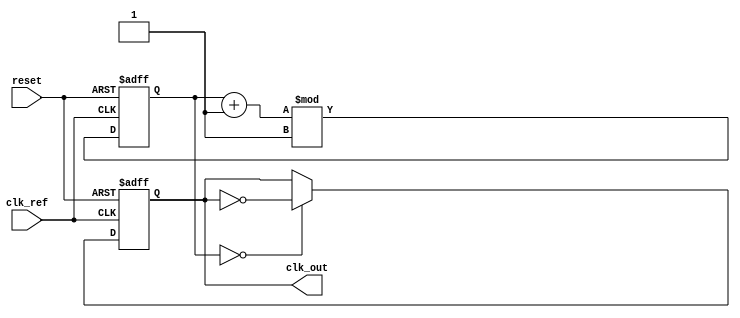
module parameterized_PLL #(
    parameter INPUT_FREQ_MIN = 1_000,         // Minimum input frequency in Hz
    parameter INPUT_FREQ_MAX = 100_000_000,   // Maximum input frequency in Hz
    parameter OUTPUT_FREQ_MIN = 1_000,        // Minimum output frequency in Hz
    parameter OUTPUT_FREQ_MAX = 100_000_000,   // Maximum output frequency in Hz
    parameter FEEDBACK_DIV_RATIO = 1,          // Feedback divider ratio
    parameter REFERENCE_DIV_RATIO = 1,         // Reference divider ratio
    parameter VCO_SENSITIVITY = 100,           // VCO sensitivity in Hz/V
    parameter LPF_TIME_CONSTANT = 10            // Low-pass filter time constant
)(
    input wire clk_ref,                         // Reference clock
    input wire reset,                           // Asynchronous reset
    output reg clk_out                          // PLL output clock
);

    // Internal signals
    reg [31:0] phase_error;                     // Phase error output from PD
    reg [31:0] control_voltage;                 // Control voltage for VCO
    wire [31:0] vco_output;                     // VCO output frequency
    reg [31:0] feedback_divider;                // Feedback divider output
    reg [31:0] reference_divider;               // Reference divider output

    // Phase Detector (PD) - XOR-based for simplicity
    always @ (posedge clk_ref or posedge reset) begin
        if (reset) begin
            phase_error <= 0;
        end else begin
            // Simple phase comparison: Count phase error
            phase_error <= (feedback_divider == reference_divider) ? 0 : 1;
        end
    end

    // Low-Pass Filter (LPF)
    always @ (posedge clk_ref or posedge reset) begin
        if (reset) begin
            control_voltage <= 0;
        end else begin
            // Simple LPF implementation with time constant
            control_voltage <= control_voltage + (phase_error / LPF_TIME_CONSTANT);
        end
    end

    // Voltage-Controlled Oscillator (VCO)
    always @* begin
        // Calculate VCO output based on control voltage and sensitivity
        vco_output = VCO_SENSITIVITY * control_voltage;
        // Ensure VCO output is within bounds
        if (vco_output < OUTPUT_FREQ_MIN) vco_output = OUTPUT_FREQ_MIN;
        if (vco_output > OUTPUT_FREQ_MAX) vco_output = OUTPUT_FREQ_MAX;
    end

    // Feedback Divider
    always @ (posedge clk_ref or posedge reset) begin
        if (reset) begin
            feedback_divider <= 0;
        end else begin
            // Simple feedback divider logic
            feedback_divider <= (feedback_divider + 1) % FEEDBACK_DIV_RATIO;
        end
    end

    // Reference Divider
    always @ (posedge clk_ref or posedge reset) begin
        if (reset) begin
            reference_divider <= 0;
        end else begin
            // Simple reference divider logic
            reference_divider <= (reference_divider + 1) % REFERENCE_DIV_RATIO;
        end
    end

    // Output clock generation (basic toggle logic for demonstration)
    always @ (posedge clk_ref or posedge reset) begin
        if (reset) begin
            clk_out <= 0;
        end else begin
            // Simple toggling based on VCO output:
            if (feedback_divider == 0) begin
                clk_out <= ~clk_out;
            end
        end
    end

endmodule